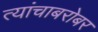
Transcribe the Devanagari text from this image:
त्यांचाबरोबर